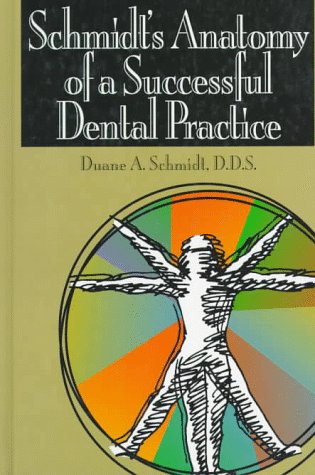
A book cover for Schmidt's Anatomy of a Successful Dental Practice (Dental economics); Duane Arthur Schmidt; Medical Books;